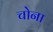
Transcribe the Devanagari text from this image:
चोना